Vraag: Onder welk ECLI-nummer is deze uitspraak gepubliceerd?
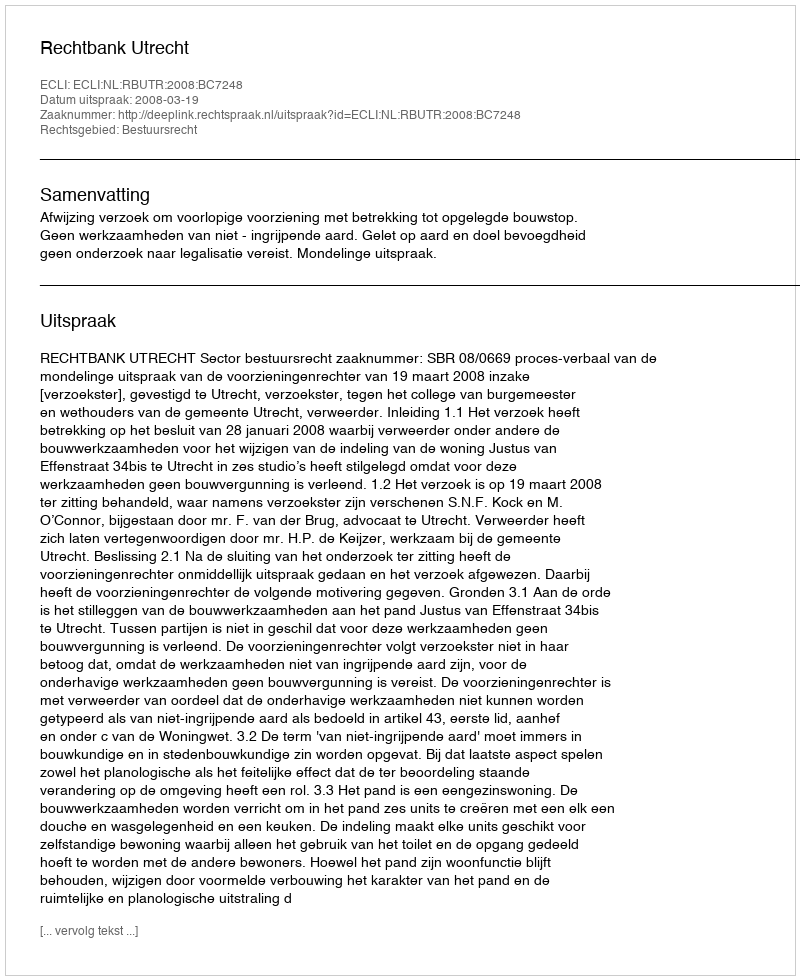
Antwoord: ECLI:NL:RBUTR:2008:BC7248